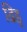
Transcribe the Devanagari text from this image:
ढिड्